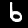
Digit: 6